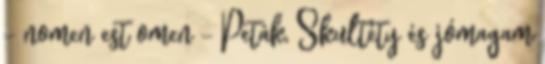
– nomen est omen – Peták, Skulté­ty és jómagam